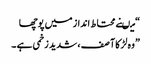
“میںنے محتاط انداز میں پوچھا
” وہ لڑکا آ صف ، شدید زخمی ہے ۔